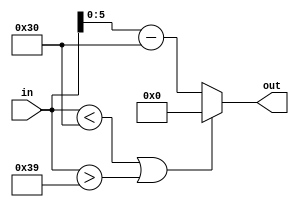
module PR42
(
input wire [7:0] in,
output wire [5:0] out
);

assign out = (in < 8'd48 || in > 8'd57) ? 6'd0 : in - 6'd48;
endmodule